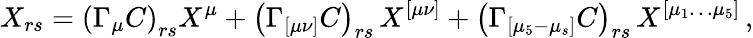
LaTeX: X_{rs}=\left(\Gamma_{\mu}C\right)_{rs}X^{\mu}+\left(\Gamma_{[\mu\nu]}C\right)_{rs}\, X^{[\mu\nu]}+\left(\Gamma_{[\mu_{5}-\mu_{s}]}C\right)_{rs}\, X^{[\mu_{1}\ldots\mu_{5}]}\, ,